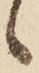
候